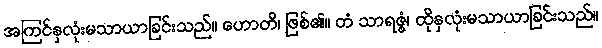
အကြင်နှလုံးမသာယာခြင်းသည်။ ဟောတိ၊ ဖြစ်၏။ တံ သာရဇ္ဇံ၊ ထိုနှလုံးမသာယာခြင်းသည်။